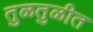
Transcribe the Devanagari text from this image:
तुळतुळीत